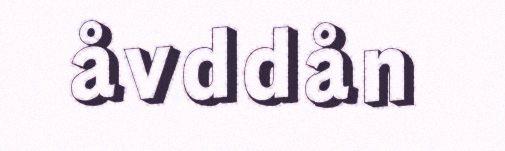
åvddån